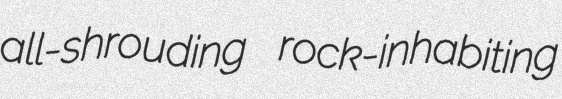
all-shrouding rock-inhabiting